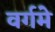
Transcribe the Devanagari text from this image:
वर्गमे